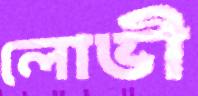
লোভী